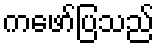
ကဖော်ပြသည်